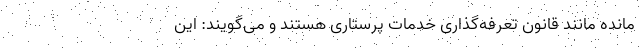
مانده مانند قانون تعرفه‌گذاری خدمات پرستاری هستند و می‌گویند: این